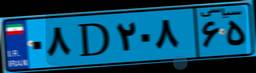
۹۵D۲۸۷۱۶